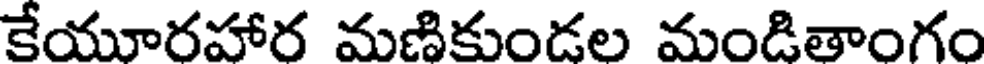
కేయూరహార మణికుండల మండితాంగం